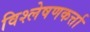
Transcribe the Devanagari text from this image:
विश्लेषणकर्त्ता